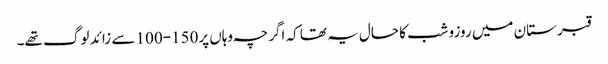
قبرستان میں روزوشب کا حال یہ تھا کہ اگرچہ وہاں پر150-100 سے زائد لوگ تھے۔